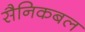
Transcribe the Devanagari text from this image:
सैनिकबल